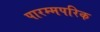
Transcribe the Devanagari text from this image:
पारम्मपरिक